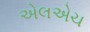
એલએચ